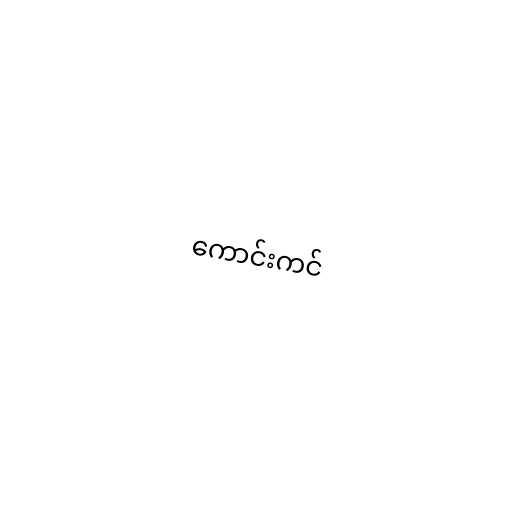
ကောင်းကင်